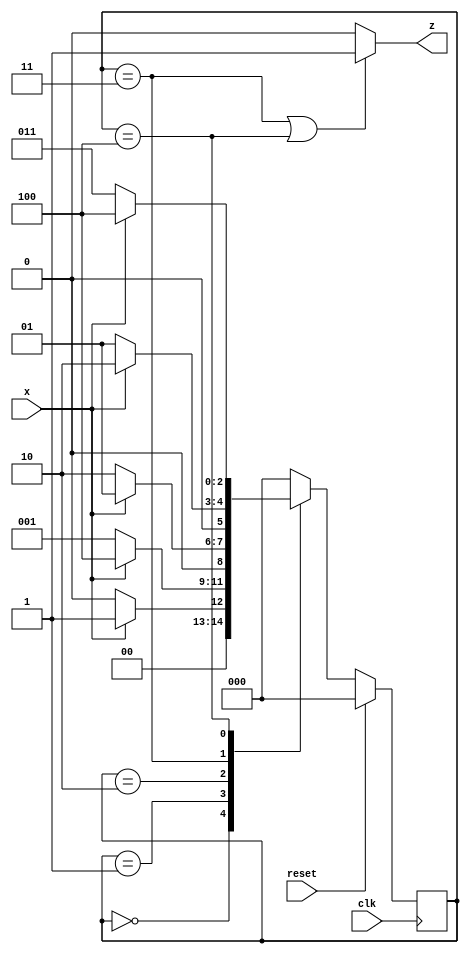
module top_module (
    input clk,
    input reset,   // Synchronous reset
    input x,
    output z
);
    
    parameter S0 = 3'b000, S1 = 3'b001, S2 = 3'b010, S3 = 3'b011, S4 = 3'b100;
    reg [2:0] present_state, next_state;
    
    always @(*) begin
        case (present_state)
            S0: next_state = (x == 1'b0 ? S0 : S1);
            S1: next_state = (x == 1'b0 ? S1 : S4);
            S2: next_state = (x == 1'b0 ? S2 : S1);
            S3: next_state = (x == 1'b0 ? S1 : S2);
            S4: next_state = (x == 1'b0 ? S3 : S4);
            default: next_state = S0;
        endcase
    end
    
    always @(posedge clk) begin
        present_state <= (reset == 1'b1 ? S0 : next_state);
    end
    
    assign z = (present_state == S3 || present_state == S4 ? 1'b1 : 1'b0);

endmodule